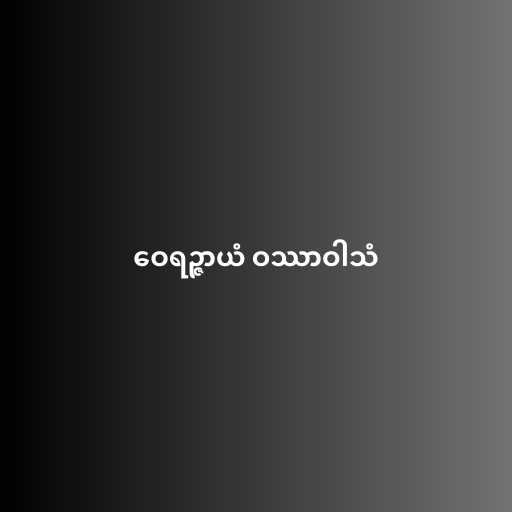
ဝေရဉ္ဇာယံ ဝဿာဝါသံ